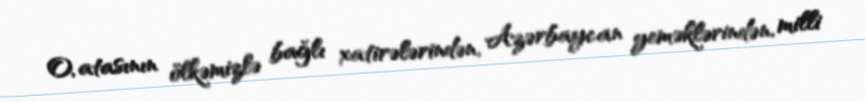
O, atasının ölkəmizlə bağlı xatirələrindən, Azərbaycan yeməklərindən, milli